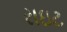
રાઇટ